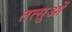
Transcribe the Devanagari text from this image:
तत्सुओं